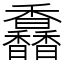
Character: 馫